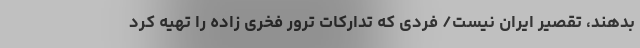
بدهند، تقصیر ایران نیست/ فردی که تدارکات ترور فخری زاده را تهیه کرد